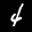
Label: 4